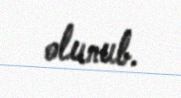
olunub.